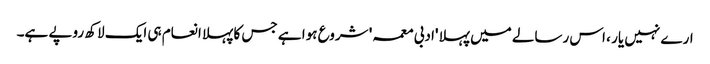
ارے نہیں یار ، اس رسالے میں پہلا 'ادبی معمہ' شروع ہوا ہے جس کا پہلا انعام ہی ایک لاکھ روپے ہے۔